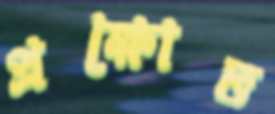
প্রক্ষোভ